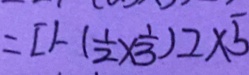
= [ 1 - ( \frac { 1 } { 3 } \times \frac { 1 } { 3 } ) ] \times 5